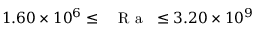
1 . 6 0 \times 1 0 ^ { 6 } \leq \mathrm { ~ \textit ~ { ~ R ~ a ~ } ~ } \leq 3 . 2 0 \times 1 0 ^ { 9 }